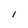
Character: l